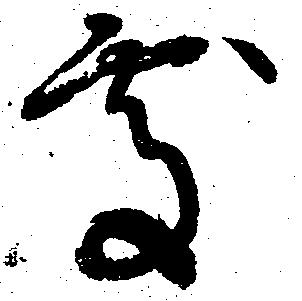
処